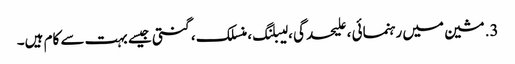
3. مشین میں رہنمائی ، علیحدگی ، لیبلنگ ، منسلک ، گنتی جیسے بہت سے کام ہیں۔